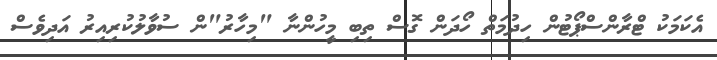
އެކަމަކު ޓްރާންސްޕޯޓުން ހިދުމަތް ހޯދަން ގޮސް ތިބި މީހުންނާ "މިހާރު"ން ސުވާލުކުރިއިރު އަދިވެސް